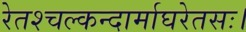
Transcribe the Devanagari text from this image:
रेतश्चल्कन्दार्माघरेतसः।